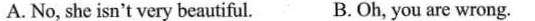
A.No, she isn't very beautiful. B. Oh, you are wrong.